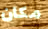
مكان